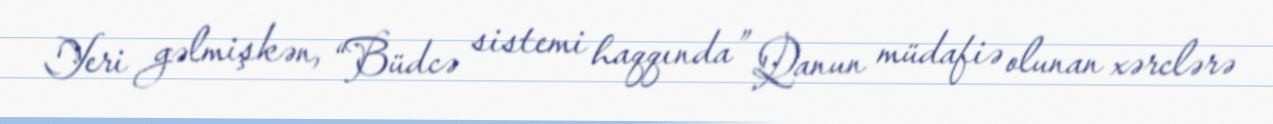
Yeri gəlmişkən, “Büdcə sistemi haqqında” Qanun müdafiə olunan xərclərə